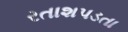
રતાશપડતા